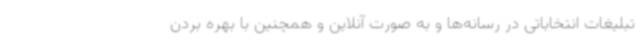
تبلیغات انتخاباتی در رسانه‌ها و به صورت آنلاین و همچنین با بهره بردن